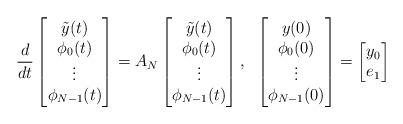
LaTeX: \begin{align*}\frac{d}{dt}\begin{bmatrix}\tilde{y}(t)\\\phi_0(t)\\\vdots\\\phi_{N-1}(t)\\\end{bmatrix}=A_N\begin{bmatrix}\tilde{y}(t)\\\phi_0(t)\\\vdots\\\phi_{N-1}(t)\\\end{bmatrix},\;\;\begin{bmatrix}y(0)\\\phi_0(0)\\\vdots\\\phi_{N-1}(0)\\\end{bmatrix}=\begin{bmatrix}y_0\\e_1\end{bmatrix}\end{align*}